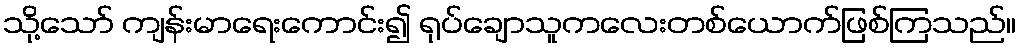
သို့သော် ကျန်းမာရေးကောင်း၍ ရုပ်ချောသူကလေးတစ်ယောက်ဖြစ်ကြသည်။